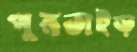
পুনতাইড়